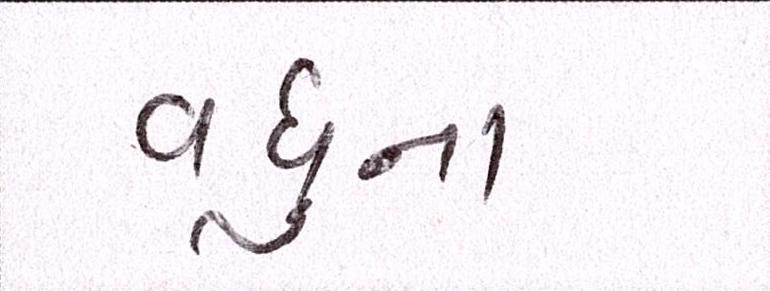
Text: વધુના